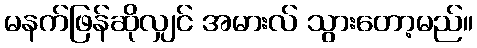
မနက်ဖြန်ဆိုလျှင် အမားလ် သွားတော့မည်။